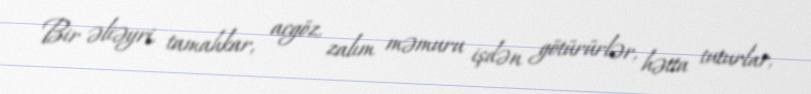
Bir əliəyri, tamahkar, acgöz, zalım məmuru işdən götürürlər, hətta tuturlar,